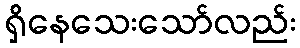
ရှိနေသေးသော်လည်း